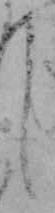
し